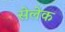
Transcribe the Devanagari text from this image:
सेलेक